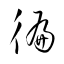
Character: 徧